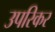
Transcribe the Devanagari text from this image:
उपरिकर